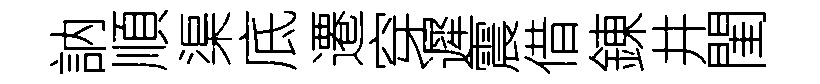
訥順渠底遷穿遲震借錬井閨